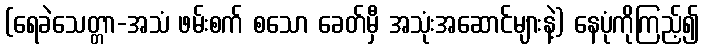
(ရေခဲသေတ္တာ-အသံ ဖမ်းစက် စသော ခေတ်မှီ အသုံးအဆောင်များနဲ့) နေပုံကိုကြည့်၍